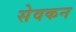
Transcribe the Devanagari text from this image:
सेवकन